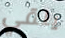
يلقي